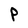
Character: P